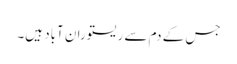
جس کے دم سے ریستوران آباد ہیں۔